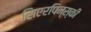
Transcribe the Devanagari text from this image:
सिएरपिन्स्की